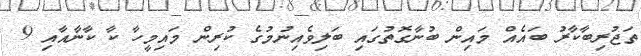
ތަޖުރިބާކާރު ބައެއް މައިން ބުނާގޮތުގައި ބަލިވެއިނުމުގެ ކުރިން މައިމީހާ ކާ ކާނާއާއި 9